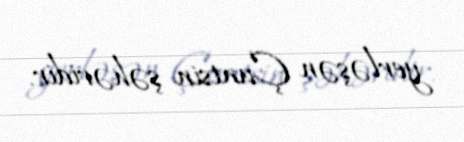
yerləşən Çuntsin şəhəridir.